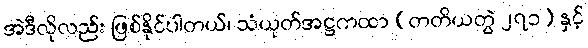
အဲဒီလိုလည်း ဖြစ်နိုင်ပါတယ်၊ သံယုတ်အဋ္ဌကထာ (တတိယတွဲ ၂၇၁) နှင့်